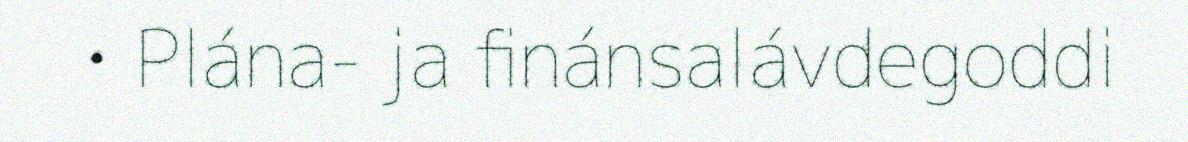
• Plána- ja finánsalávdegoddi